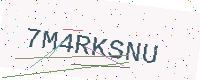
Text: 7M4RKSNU